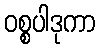
ဝစ္စပါဒုကာ